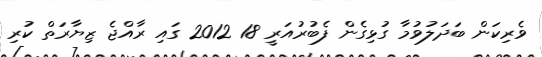
ވެރިކަން ބަދަލުވުމާ ގުޅިގެން ފެބުރުއަރީ 18 2012 ގައި ރާއްޖެ ޒިޔާރަތް ކުރި